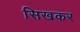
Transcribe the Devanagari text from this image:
सिखकर